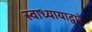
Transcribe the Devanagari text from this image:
स्वाध्यायाद्वारे